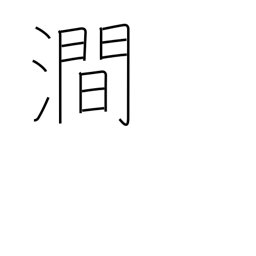
Meaning: valley river